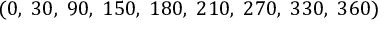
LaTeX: ( 0 , \; 3 0 , \; 9 0 , \; 1 5 0 , \; 1 8 0 , \; 2 1 0 , \; 2 7 0 , \; 3 3 0 , \; 3 6 0 )